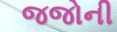
જજોની